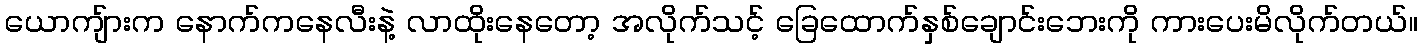
ယောကျ်ားက နောက်ကနေလီးနဲ့ လာထိုးနေတော့ အလိုက်သင့် ခြေထောက်နှစ်ချောင်းဘေးကို ကားပေးမိလိုက်တယ်။